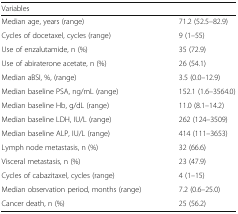
| Variables |  |
 | --- | --- |
 | Median age, years (range) | 71.2 (52.5–82.9) |
 | Cycles of docetaxel, cycles (range) | 9 (1–55) |
 | Use of enzalutamide, n (%) | 35 (72.9) |
 | Use of abiraterone acetate, n (%) | 26 (54.1) |
 | Median aBSI, %, (range) | 3.5 (0.0–12.9) |
 | Median baseline PSA, ng/mL (range) | 152.1 (1.6–3564.0) |
 | Median baseline Hb, g/dL (range) | 11.0 (8.1–14.2) |
 | Median baseline LDH, IU/L (range) | 262 (124–3509) |
 | Median baseline ALP, IU/L (range) | 414 (111–3653) |
 | Lymph node metastasis, n (%) | 32 (66.6) |
 | Visceral metastasis, n (%) | 23 (47.9) |
 | Cycles of cabazitaxel, cycles (range) | 4 (1–15) |
 | Median observation period, months (range) | 7.2 (0.6–25.0) |
 | Cancer death, n (%) | 25 (56.2) |